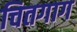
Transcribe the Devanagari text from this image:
चितगाग